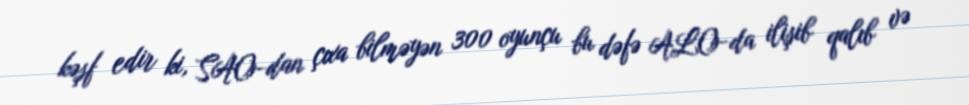
kəşf edir ki, SAO-dan çıxa bilməyən 300 oyunçu bu dəfə ALO-da ilişib qalıb və